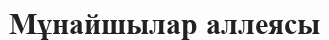
Мұнайшылар аллеясы